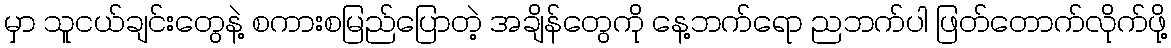
မှာ သူငယ်ချင်းတွေနဲ့ စကားစမြည်ပြောတဲ့ အချိန်တွေကို နေ့ဘက်ရော ညဘက်ပါ ဖြတ်တောက်လိုက်ဖို့